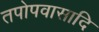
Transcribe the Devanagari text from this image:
तपोपवासादि